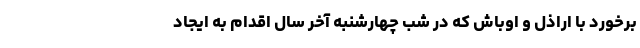
برخورد با اراذل و اوباش که در شب چهارشنبه آخر سال اقدام به ایجاد